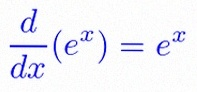
\frac{d}{dx}(e^x)=e^x